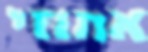
אחוזי